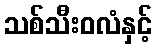
သစ်သီးဝလံနှင့်